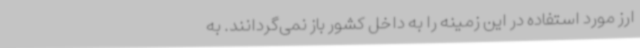
ارز مورد استفاده در این زمینه را به داخل کشور باز نمی‌گردانند. به